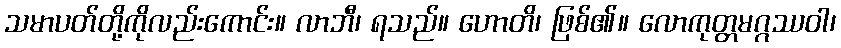
သမာပတ်တို့ကိုလည်းကောင်း။ လာဘီ၊ ရသည်။ ဟောတိ၊ ဖြစ်၏။ လောကုတ္တမဂ္ဂဿဝါ၊